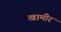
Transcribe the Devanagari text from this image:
खामीर